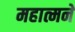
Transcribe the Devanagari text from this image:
महात्मने